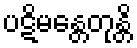
ပဋိမန္တေတုန္တိ